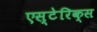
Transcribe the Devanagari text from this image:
एस्टेरिक्स